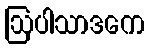
ဩပါသာဒကေ